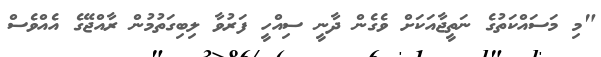
"މި މަސައްކަތުގެ ނަތީޖާއަކަށް ވެގެން ދާނީ ސިއްހީ ފަރުވާ ލިބިގަތުމުން ރާއްޖޭގެ އެއްވެސް